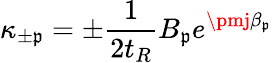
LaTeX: \kappa_{\pm\mathfrak{p}}=\pm\frac{{1}}{{2t_{R}}}B_{\mathfrak{p}}e^{\pmj\beta_{\mathfrak{p}}}